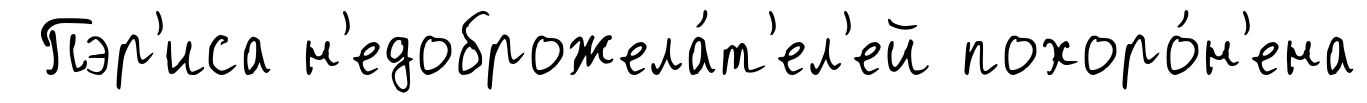
Пэр'иса н'едоброжела́т'ел'ей похоро́н'ена